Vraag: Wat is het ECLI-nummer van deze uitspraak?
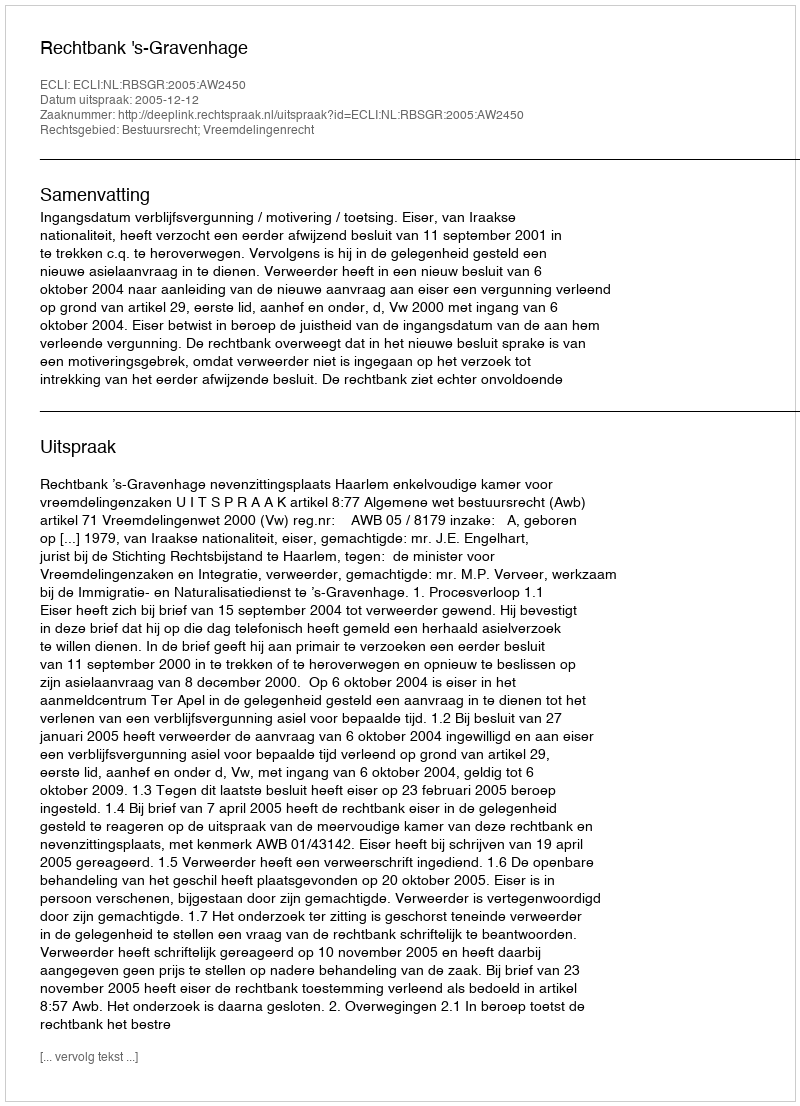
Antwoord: ECLI:NL:RBSGR:2005:AW2450